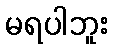
မရပါဘူး